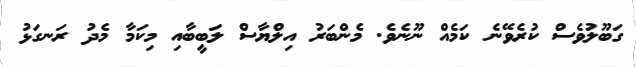
ގަބޫލުވެސް ކުރެވޭނެ ކަމެއް ނޫނެވެ. މެންބަރު އިލްޔާސް ލަބީބާއި މިކަމާ މެދު ރަނގަޅު